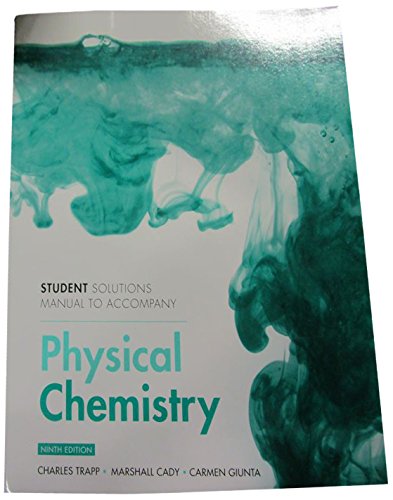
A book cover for Student Solutions Manual for Physical Chemistry; Peter Atkins; Science & Math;